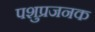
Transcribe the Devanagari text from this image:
पशुप्रजनक